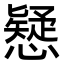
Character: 𢣕